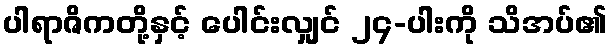
ပါရာဇိကတို့နှင့် ပေါင်းလျှင် ၂၄-ပါးကို သိအပ်၏